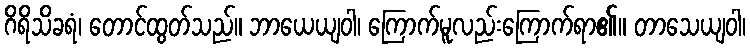
ဂိရိသိခရံ၊ တောင်ထွတ်သည်။ ဘာယေယျဝါ၊ ကြောက်မူလည်းကြောက်ရာ၏။ တာသေယျဝါ၊